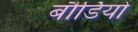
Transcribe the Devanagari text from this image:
बौर्डियो